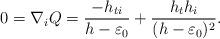
LaTeX: \begin{align*}0=\nabla_{i}Q=\frac{-h_{ti}}{h-\varepsilon_{0}}+\frac{h_{t}h_{i}}{(h-\varepsilon_{0})^{2}}.\end{align*}